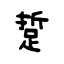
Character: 踅